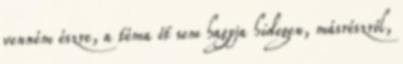
venném észre, a téma őt sem hagyja hidegen, másrészről,